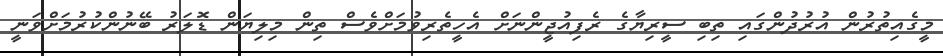
މީގެއިތުރުން އުރުދުންގައި ތިބި ސީރިޔާގެ ރެފިއުޖީންނަށް އެހީތެރިވުމަށްވެސް ތިން މިލިޔަން ޑޮލަރު ބޭނުންކުރުމަށްވަނީ